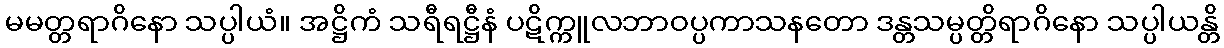
မမတ္တရာဂိနော သပ္ပါယံ။ အဋ္ဌိကံ သရီရဋ္ဌီနံ ပဋိက္ကူလဘာဝပ္ပကာသနတော ဒန္တသမ္ပတ္တိရာဂိနော သပ္ပါယန္တိ